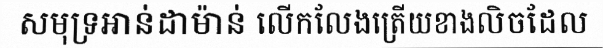
សមុទ្រអាន់ដាម៉ាន់ លើកលែងត្រើយខាងលិចដែល